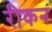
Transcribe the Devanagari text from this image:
रीकन